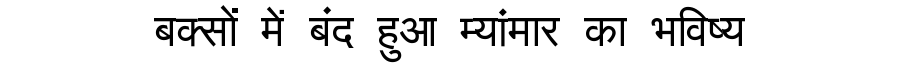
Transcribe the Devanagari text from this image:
बक्सों में बंद हुआ म्यांमार का भविष्य